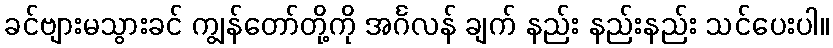
ခင်ဗျားမသွားခင် ကျွန်တော်တို့ကို အင်္ဂလန် ချက် နည်း နည်းနည်း သင်ပေးပါ။